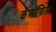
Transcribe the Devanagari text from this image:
केऑफ़िस